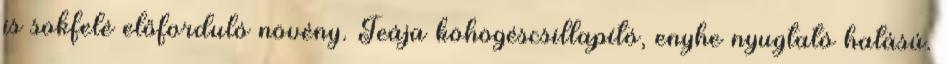
is sokfelé előforduló növény. Teája köhögéscsillapító, enyhe nyugtató hatású.